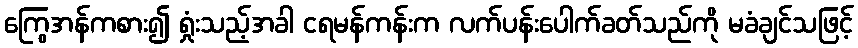
ကြွေအန်ကစား၍ ရှုံးသည့်အခါ ငရမန်ကန်းက လက်ပန်းပေါက်ခတ်သည်ကို မခံချင်သဖြင့်